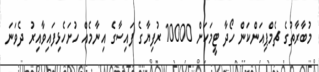
މުބާރާތުގެ ޗެމްޕިއަންކަން ހޯދާ ޓީމަކަށް 10000 ރުފިޔާގެ ފައިސާގެ އިނާމެއް ހުށަހެޅިފައިވާއިރު ދެވަނަ